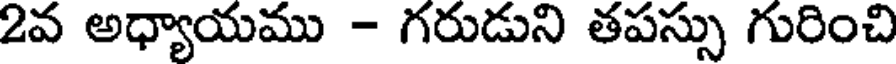
2వ అధ్యాయము - గరుడుని తపస్సు గురించి